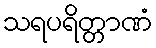
သရပရိတ္တာဏံ